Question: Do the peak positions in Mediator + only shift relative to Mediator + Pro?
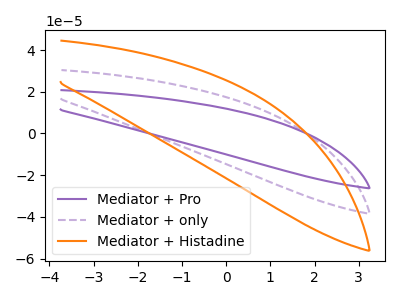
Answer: <think>The purple curve "Mediator + Pro" has no peaks. The purple dashed curve "Mediator + only" has no peaks. The orange curve "Mediator + Histadine" has no peaks.
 Neither "Mediator + only" or "Mediator + Pro" have any peaks.</think>
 <answer>No, "Mediator + only" and "Mediator + Pro" don't appear to be significantly different in shape</answer>
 <eval>no_change</eval>